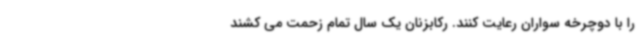
را با دوچرخه سواران رعایت کنند. رکابزنان یک سال تمام زحمت می کشند